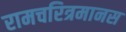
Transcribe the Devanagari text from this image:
रामचरित्रमानस